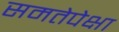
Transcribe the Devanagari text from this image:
समतेपेक्षा